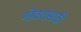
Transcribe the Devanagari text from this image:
गोवरासाठी